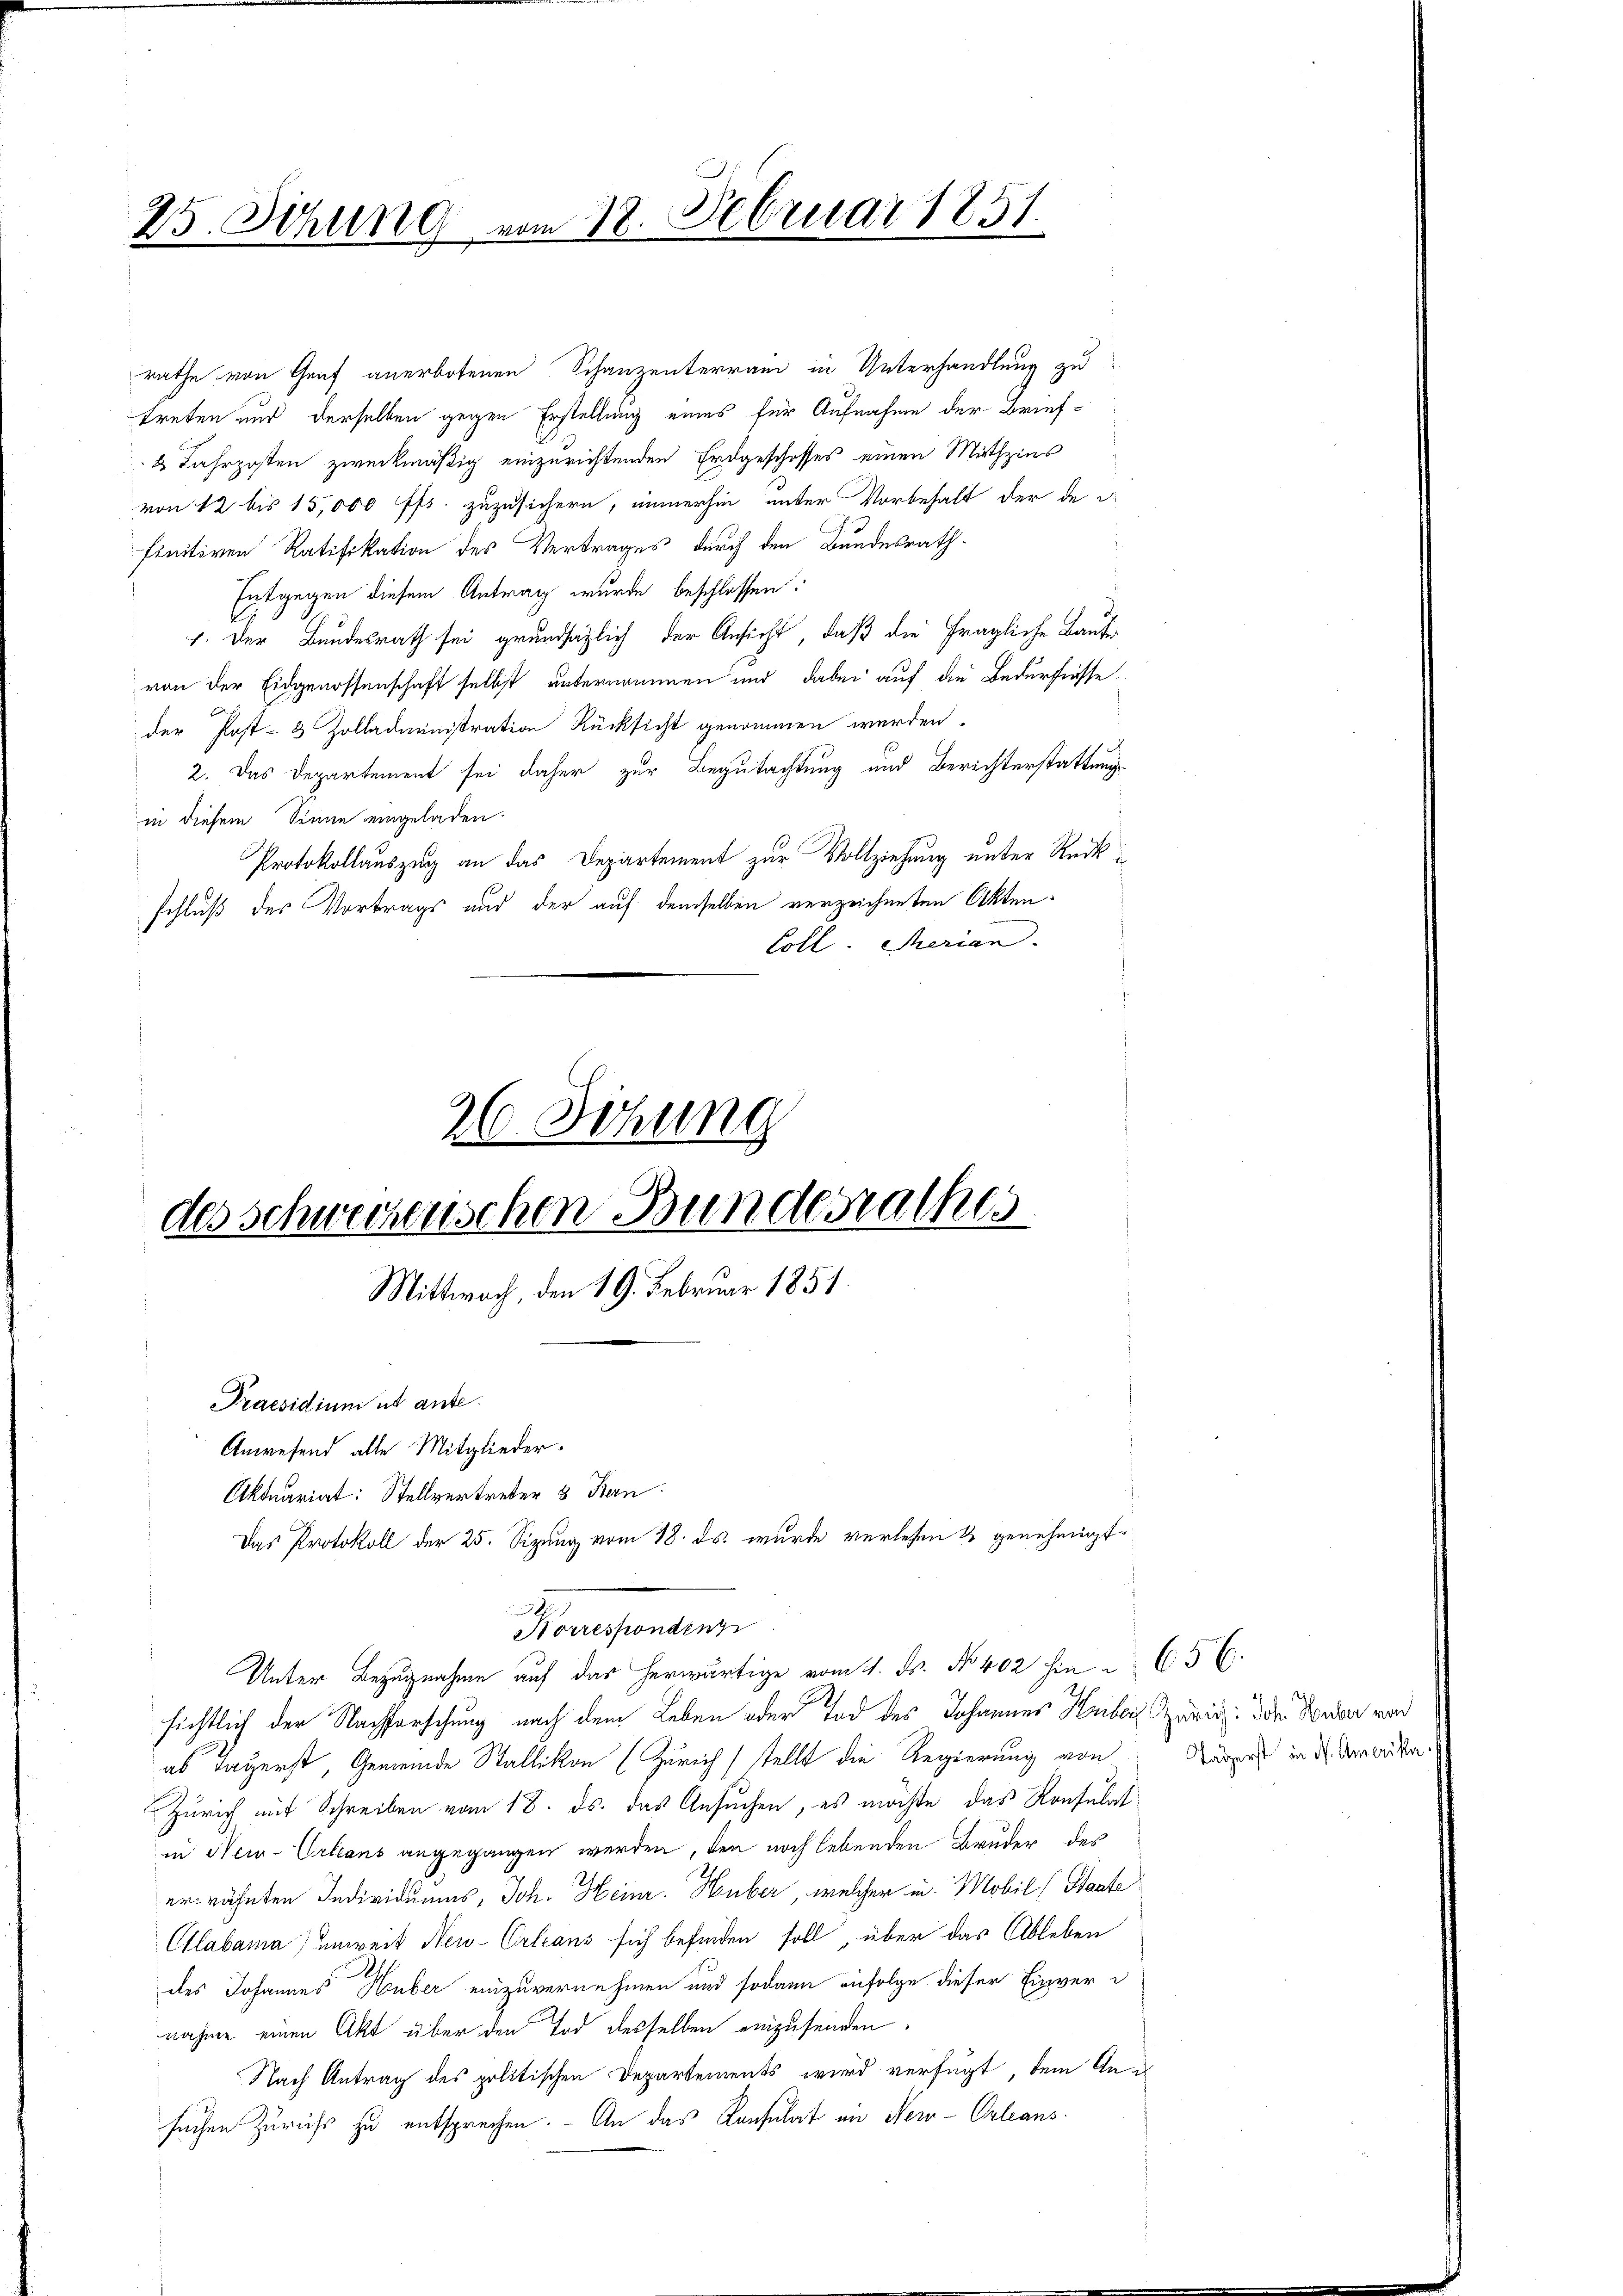
25. Sitzung vom 18. Februar 1851.

rathe von Genf anerbotenen Schanzenterrain in Unterhandlung zu
treten und derselben gegen Erstellung eines für Aufnahme der Brief¬
2 Jahrposten zweckmäßig einzurichtenden Erdgeschosses einen Mithzins
von 12 bis 15,000 ff. zuzusichern, immerhin unter Vorbehalt der de i
finitiven Ratifikation des Vertrages durch den Bundesrath
Entgegen diesem Antrag wurde beschlossen:
1. Der Bundesrath sei grundsätzlich der Ansicht, daß die fragliche Baute
von der Eidgenossenschaft selbst unternommen und dabei auf die Bedürfnisse
der Post- & Zolladministration Rücksicht genommen werden.
2. Das Departement sei daher zur Begutachtung und Berichterstattung
in diesem Sinne eingeladen.
Protokollauszug an das Departement zur Vollziehung unter Rückschluß des Vortrags und der auf demselben verzeichneten Akten¬
Coll Serian.

26. Sitzung
des schweckenschen Bundesrathes
Mittwoch, den 19. Februar 1851.

Praesidium ut ante.
Anwesend alle Mitglieder.
Aktuariat: Stellvertreter 3 Stern
sichtlich der Nachforschung nach dem Leben oder Tod des Johannes Huber Zürich. Die Dauer von
al Tagerst, Gemeinde Stallikon (Zürich stellt die Regierung von
Zürich mit Schreiben vom 18. ds. das Ansuchen, es möchte das Konsulat
in Neu-Orleans angegangen werden, den noch lebenden Bruder des
erwähnten Individuums, Joh. Heinr. Huber, welcher in Mobil (Staate
Clabama) unweit Neu-Orleans sich befinden soll, über das Ableben
.
des Johannes Huber einzuvernehmen und sodann infolge dieser Einvernahme einen Akt über den Tod desselben einzusenden.
Nach Antrag des politischen Departements wird verfügt, dem Ansuchen Züricht zu entsprechen. - An das Konsulat in New-Orleans

d
Norrespondenz

Das Protokoll der 25. Sizung vom 18. ds. wurde verlesen & genehmigt

Unter Bezugnahme auf das herwärtige vom 11. ds. No 402 hin 65 (

Taderst in d. Amerika,